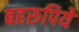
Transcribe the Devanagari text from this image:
बहरूपिये